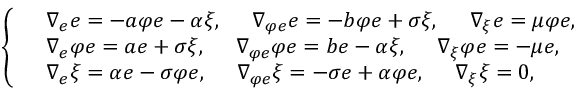
\left\{ \begin{array} { l l } & { \nabla _ { e } e = - a \varphi e - \alpha \xi , ~ ~ ~ ~ \nabla _ { \varphi e } e = - b \varphi e + \sigma \xi , ~ ~ ~ ~ \nabla _ { \xi } e = \mu \varphi e , } \\ & { \nabla _ { e } \varphi e = a e + \sigma \xi , ~ ~ ~ ~ \nabla _ { \varphi e } \varphi e = b e - \alpha \xi , ~ ~ ~ ~ \nabla _ { \xi } \varphi e = - \mu e , } \\ & { \nabla _ { e } \xi = \alpha e - \sigma \varphi e , ~ ~ ~ ~ \nabla _ { \varphi e } \xi = - \sigma e + \alpha \varphi e , ~ ~ ~ ~ \nabla _ { \xi } \xi = 0 , } \end{array} \right.